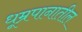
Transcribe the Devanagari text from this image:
धूम्रपानातील